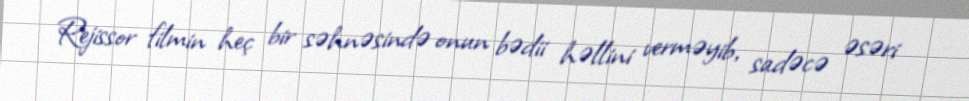
Rejissor filmin heç bir səhnəsində onun bədii həllini verməyib, sadəcə əsəri